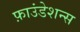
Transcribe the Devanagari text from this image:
फ़ाउंडेशन्स